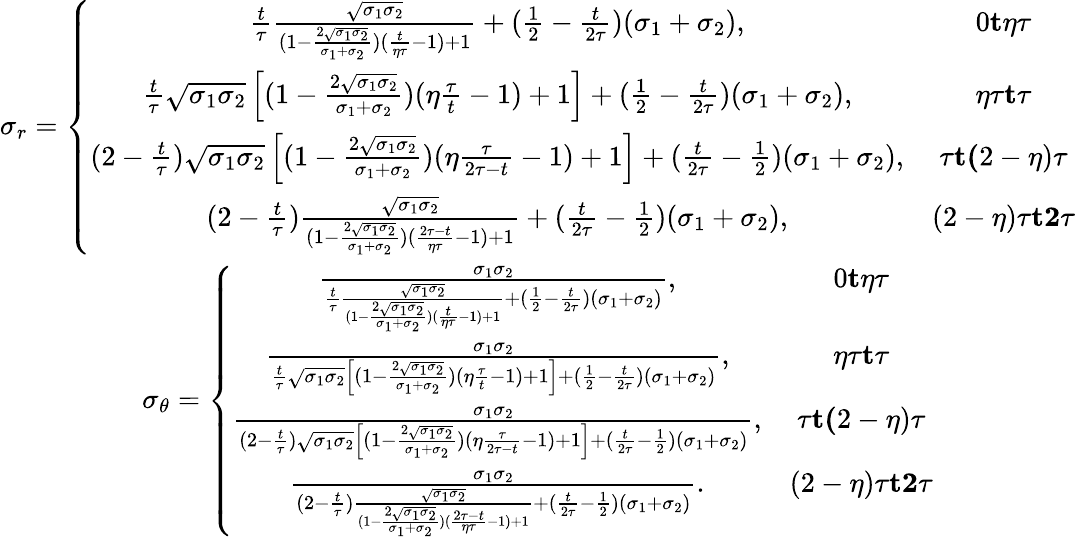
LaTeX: \begin{array}{cc}{\sigma_{r}=\left\lbrace\begin{array}{cc}{\frac{t}{\tau}\frac{\sqrt{\sigma_{1}\sigma_{2}}}{(1-\frac{2\sqrt{\sigma_{1}\sigma_{2}}}{\sigma_{1}+\sigma_{2}})(\frac{t}{\eta\tau}-1)+1}+(\frac{1}{2}-\frac{t}{2\tau})(\sigma_{1}+\sigma_{2}),}&{0\le t\le\eta\tau}\\ {\frac{t}{\tau}\sqrt{\sigma_{1}\sigma_{2}}\left[(1-\frac{2\sqrt{\sigma_{1}\sigma_{2}}}{\sigma_{1}+\sigma_{2}})(\eta\frac{\tau}{t}-1)+1\right]+(\frac{1}{2}-\frac{t}{2\tau})(\sigma_{1}+\sigma_{2}),}&{\eta\tau\le t\le\tau}\\ {(2-\frac{t}{\tau})\sqrt{\sigma_{1}\sigma_{2}}\left[(1-\frac{2\sqrt{\sigma_{1}\sigma_{2}}}{\sigma_{1}+\sigma_{2}})(\eta\frac{\tau}{2\tau-t}-1)+1\right]+(\frac{t}{2\tau}-\frac{1}{2})(\sigma_{1}+\sigma_{2}),}&{\tau\le t\le(2-\eta)\tau}\\ {(2-\frac{t}{\tau})\frac{\sqrt{\sigma_{1}\sigma_{2}}}{(1-\frac{2\sqrt{\sigma_{1}\sigma_{2}}}{\sigma_{1}+\sigma_{2}})(\frac{2\tau-t}{\eta\tau}-1)+1}+(\frac{t}{2\tau}-\frac{1}{2})(\sigma_{1}+\sigma_{2}),}&{(2-\eta)\tau\le t\le 2\tau}\end{array}\right.}\\ {\sigma_{\theta}=\left\lbrace\begin{array}{cc}{\frac{\sigma_{1}\sigma_{2}}{\frac{t}{\tau}\frac{\sqrt{\sigma_{1}\sigma_{2}}}{(1-\frac{2\sqrt{\sigma_{1}\sigma_{2}}}{\sigma_{1}+\sigma_{2}})(\frac{t}{\eta\tau}-1)+1}+(\frac{1}{2}-\frac{t}{2\tau})(\sigma_{1}+\sigma_{2})},}&{0\le t\le\eta\tau}\\ {\frac{\sigma_{1}\sigma_{2}}{\frac{t}{\tau}\sqrt{\sigma_{1}\sigma_{2}}\left[(1-\frac{2\sqrt{\sigma_{1}\sigma_{2}}}{\sigma_{1}+\sigma_{2}})(\eta\frac{\tau}{t}-1)+1\right]+(\frac{1}{2}-\frac{t}{2\tau})(\sigma_{1}+\sigma_{2})},}&{\eta\tau\le t\le\tau}\\ {\frac{\sigma_{1}\sigma_{2}}{(2-\frac{t}{\tau})\sqrt{\sigma_{1}\sigma_{2}}\left[(1-\frac{2\sqrt{\sigma_{1}\sigma_{2}}}{\sigma_{1}+\sigma_{2}})(\eta\frac{\tau}{2\tau-t}-1)+1\right]+(\frac{t}{2\tau}-\frac{1}{2})(\sigma_{1}+\sigma_{2})},}&{\tau\le t\le(2-\eta)\tau}\\ {\frac{\sigma_{1}\sigma_{2}}{(2-\frac{t}{\tau})\frac{\sqrt{\sigma_{1}\sigma_{2}}}{(1-\frac{2\sqrt{\sigma_{1}\sigma_{2}}}{\sigma_{1}+\sigma_{2}})(\frac{2\tau-t}{\eta\tau}-1)+1}+(\frac{t}{2\tau}-\frac{1}{2})(\sigma_{1}+\sigma_{2})}.}&{(2-\eta)\tau\le t\le 2\tau}\end{array}\right.}\end{array}